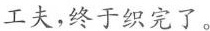
工夫，终于织完了。